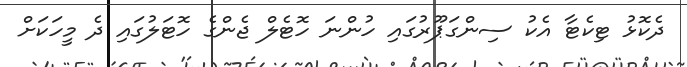
ދެކޮޅު ޓިކެޓާ އެކު ސިންގަޕޫރުގައި ހުންނަ ހޮޓެލް ޖެންގެ ހޮޓަލުގައި ދެ މީހަކަށް